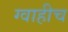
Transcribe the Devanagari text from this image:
ग्वाहीच